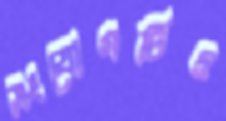
সংযোগটিও